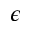
\epsilon